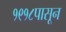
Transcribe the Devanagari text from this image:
१९१८पासून